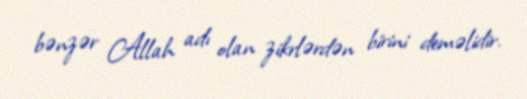
bənzər Allah adı olan zikrlərdən birini deməlidir.